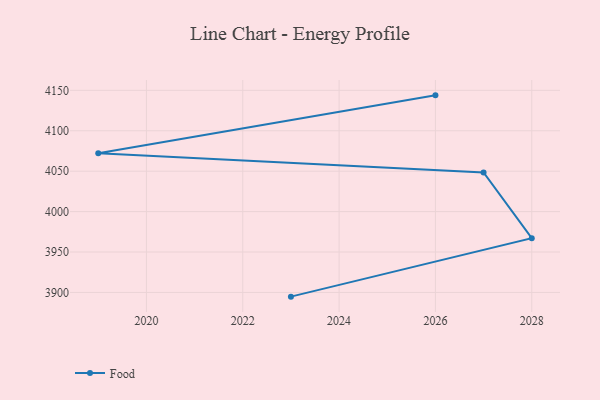
{"axis": {"x": "Year", "y": "Net Income (USD K)"}, "legend": ["Food"], "data": [{"x": "2026", "y": 4143.8, "type": "Food"}, {"x": "2019", "y": 4072.1, "type": "Food"}, {"x": "2027", "y": 4048.4, "type": "Food"}, {"x": "2028", "y": 3967.1, "type": "Food"}, {"x": "2023", "y": 3894.8, "type": "Food"}]}